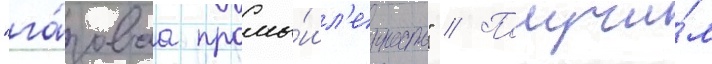
"га́зоваа промы́шл'енность" // Получи́л